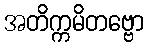
အတိက္ကမိတဗ္ဗော